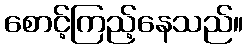
စောင့်ကြည့်နေသည်။